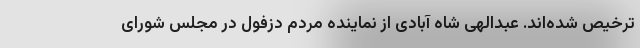
ترخیص شده‌اند. عبدالهی شاه آبادی از نماینده مردم دزفول در مجلس شورای